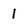
Character: 1